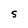
Character: S